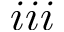
i i i